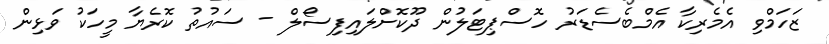
ޒަހަމްވި އެމެރިކާ އެމްބެސެޑަރު ހޮސްޕިޓަލުން ދޫކޮށްލައިފިސޯލް - ސައުތު ކޮރެޔާ މީހަކު ވަޅިން